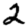
Digit: 2